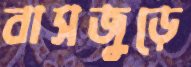
বাসজুড়ে